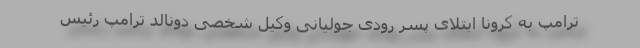
ترامپ به کرونا ابتلای پسر رودی جولیانی وکیل شخصی دونالد ترامپ رئیس